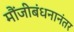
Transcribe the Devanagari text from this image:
मौंजीबंधनानंतर